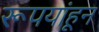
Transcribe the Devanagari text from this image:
रूपयांहून